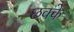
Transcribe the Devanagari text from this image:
छक्‍के